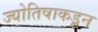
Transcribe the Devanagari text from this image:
ज्योतिषाकडून